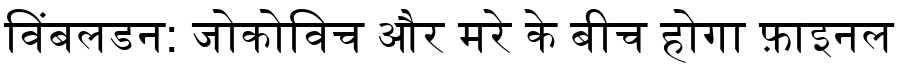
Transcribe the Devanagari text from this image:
विंबलडन: जोकोविच और मरे के बीच होगा फ़ाइनल